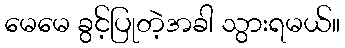
မေမေ ခွင့်ပြုတဲ့အခါ သွားရမယ်။